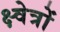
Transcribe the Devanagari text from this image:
क्ष्वेत्रों